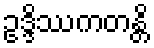
ဥဒ္ဒိဿကတန္တိ